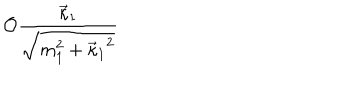
{ \cal O } { \frac { \vec { \kappa } _ { 1 } } { \sqrt { m _ { 1 } ^ { 2 } + { \vec { \kappa } _ { 1 } } ^ { 2 } } } }